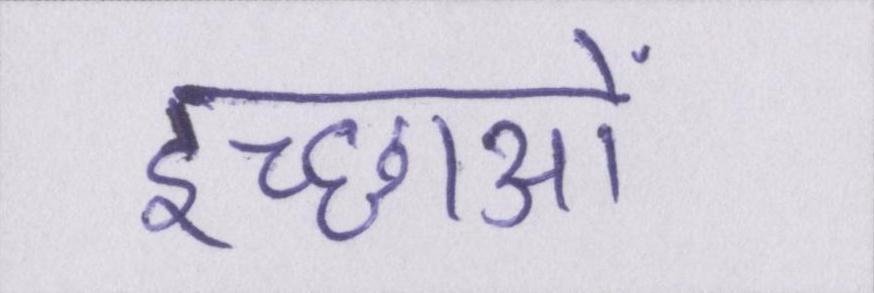
इच्छाओं